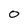
Character: 0